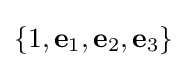
\{1,\mathbf {e} _{1},\mathbf {e} _{2},\mathbf {e} _{3}\}